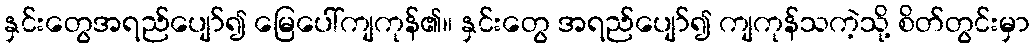
နှင်းတွေအရည်ပျော်၍ မြေပေါ်ကျကုန်၏။ နှင်းတွေ အရည်ပျော်၍ ကျကုန်သကဲ့သို့ စိတ်တွင်းမှာ